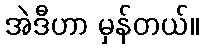
အဲဒီဟာ မှန်တယ်။